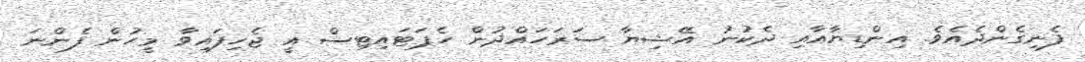
ފެނިގެންދެއެވެ. އިންޑިޔާއާއި ދެކުނު އޭޝިޔާ ސަރަހައްދުން ހެޕަޓައިޓިސް އީ ޖެހިފައިވާ މީހުން ފެންނަ